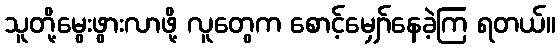
သူတို့မွေးဖွားလာဖို့ လူတွေက စောင့်မျှော်နေခဲ့ကြ ရတယ်။